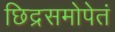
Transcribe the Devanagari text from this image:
छिद्रसमोपेतं